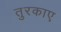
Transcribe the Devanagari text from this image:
तुरकाए